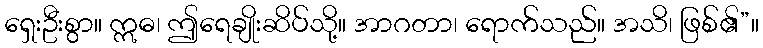
ရှေးဦးစွာ။ ဣဓ၊ ဤရေချိုးဆိပ်သို့။ အာဂတာ၊ ရောက်သည်။ အသိ၊ ဖြစ်၏”။